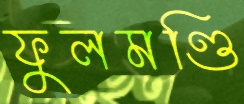
ফুলমণ্ডি